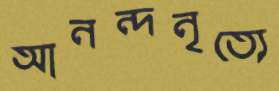
আনন্দনৃত্যে